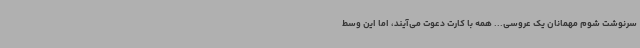
سرنوشت شوم مهمانان یک عروسی... همه با کارت دعوت می‌آیند، اما این وسط